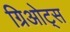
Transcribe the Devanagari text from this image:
ग्रिओट्स